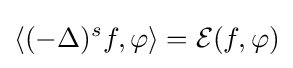
\langle (-\Delta )^{s}f,\varphi \rangle ={\mathcal {E}}(f,\varphi )